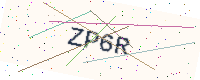
Text: ZP6R